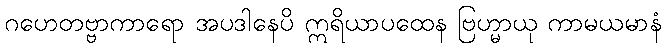
ဂဟေတဗ္ဗာကာရော အပဒါနေပိ ဣရိယာပထေန ဗြဟ္မာယု ကာမယမာနံ